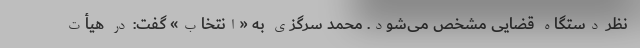
نظر دستگاه قضایی مشخص می‌شود. محمد سرگزی به «انتخاب» گفت: در هیأت